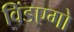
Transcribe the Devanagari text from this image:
विंडएगो